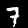
Digit: 7